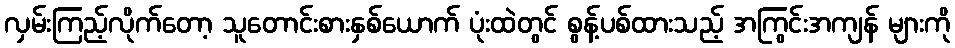
လှမ်းကြည့်လိုက်တော့ သူတောင်းစားနှစ်ယောက် ပုံးထဲတွင် စွန့်ပစ်ထားသည့် အကြွင်းအကျန် များကို